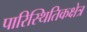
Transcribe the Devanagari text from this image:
पारिस्थितिकक्षेत्र